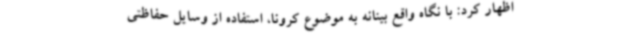
اظهار کرد: با نگاه واقع بینانه به موضوع کرونا، استفاده از وسایل حفاظتی